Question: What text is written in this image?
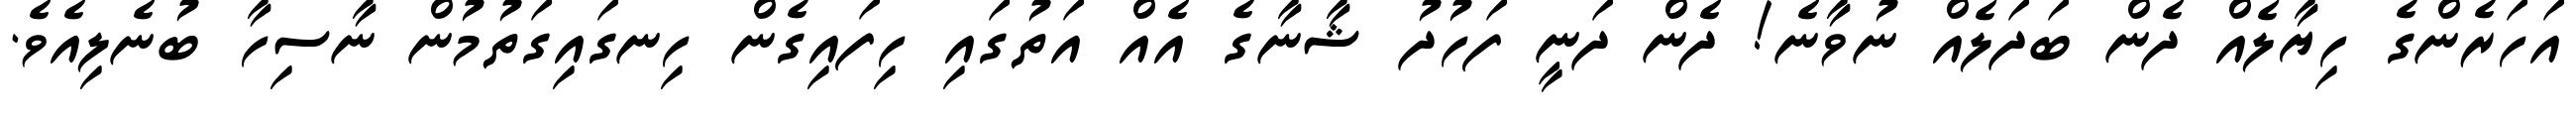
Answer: އަހަރެންގެ ހިޔާލެއް ދެން ބަދަލެއް ނުވާނެ! ދެން ދަނީ ފަހުދު ޝާނާގެ އެއް އަތުގައި ހިފައިގެން ހިނގައިގަތުމުން ނާސިހާ ބުނެލިއެވެ.